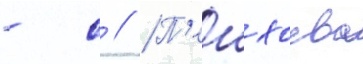
- с // П'ешхоева